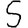
Digit: 5